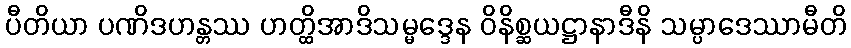
ပီတိယာ ပဏိဒဟန္တဿ ဟတ္ထိအာဒိသမ္မဒ္ဒေန ဝိနိစ္ဆယဋ္ဌာနာဒီနိ သမ္ပာဒေဿာမီတိ